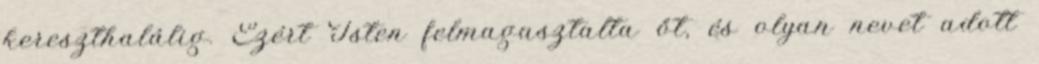
kereszthalálig. Ezért Isten felmagasztalta őt, és olyan nevet adott